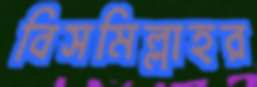
বিসমিল্লাহর